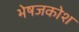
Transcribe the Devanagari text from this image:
भेषजकोश